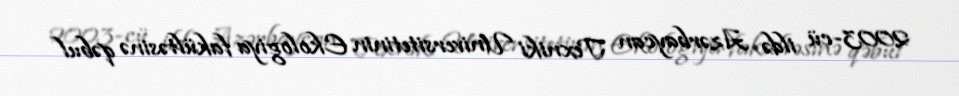
2003-cü ildə Azərbaycan Texniki Universitetinin Ekologiya fakültəsinə qəbul